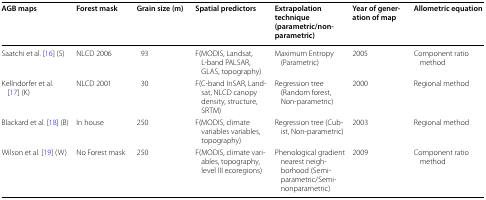
<table><thead><tr><td><b>AGB maps</b></td><td><b>Forest mask</b></td><td><b>Grain size (m)</b></td><td><b>Spatial predictors</b></td><td><b>Extrapolation technique (parametric/non-parametric)</b></td><td><b>Year of generation of map</b></td><td><b>Allometric equation</b></td></tr></thead><tbody><tr><td>Saatchi et al. [16] (S)</td><td>NLCD 2006</td><td>93</td><td>F(MODIS, Landsat, L-band PALSAR, GLAS, topography)</td><td>Maximum Entropy (Parametric)</td><td>2005</td><td>Component ratio method</td></tr><tr><td>Kellndorfer et al. [17] (K)</td><td>NLCD 2001</td><td>30</td><td>F(C-band InSAR, Landsat, NLCD canopy density, structure, SRTM)</td><td>Regression tree (Random forest, Non-parametric)</td><td>2000</td><td>Regional method</td></tr><tr><td>Blackard et al. [18] (B)</td><td>In house</td><td>250</td><td>F(MODIS, climate variables variables, topography)</td><td>Regression tree (Cubist, Non-parametric)</td><td>2003</td><td>Regional method</td></tr><tr><td>Wilson et al. [19] (W)</td><td>No Forest mask</td><td>250</td><td>F(MODIS, climate variables, topography, level III ecoregions)</td><td>Phenological gradient nearest neighborhood (Semi-parametric/Semi-nonparametric)</td><td>2009</td><td>Component ratio method</td></tr></tbody></table>